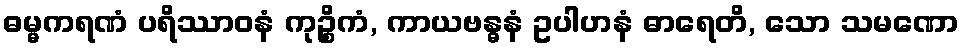
ဓမ္မကရဏံ ပရိဿာဝနံ ကုဉ္စိကံ, ကာယဗန္ဓနံ ဥပါဟနံ ဓာရေတိ, သော သမဏော